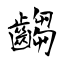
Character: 齺